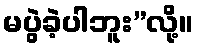
မပွဲခဲ့ပါဘူး”လို့။